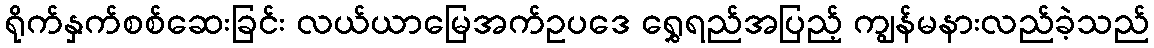
ရိုက်နှက်စစ်ဆေးခြင်း လယ်ယာမြေအက်ဥပဒေ ရွှေရည်အပြည့် ကျွန်မနားလည်ခဲ့သည်